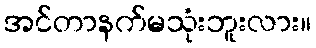
အင်တာနက်မသုံးဘူးလား။